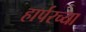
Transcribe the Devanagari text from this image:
हार्परच्या